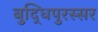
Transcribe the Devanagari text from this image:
बुद्धिपुरस्सर